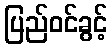
ပြည်ဝင်ခွင့်